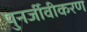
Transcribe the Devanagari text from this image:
पुनर्जीवीकरण